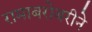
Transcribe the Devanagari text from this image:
रामाबरोबरीने